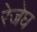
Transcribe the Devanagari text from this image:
रेजेघ